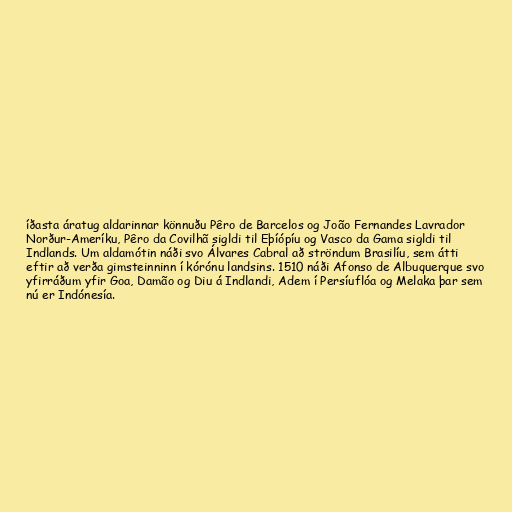
íðasta áratug aldarinnar könnuðu Pêro de Barcelos og João Fernandes Lavrador
Norður-Ameríku, Pêro da Covilhã sigldi til Eþíópíu og Vasco da Gama sigldi til
Indlands. Um aldamótin náði svo Álvares Cabral að ströndum Brasilíu, sem átti
eftir að verða gimsteinninn í kórónu landsins. 1510 náði Afonso de Albuquerque svo
yfirráðum yfir Goa, Damão og Diu á Indlandi, Adem í Persíuflóa og Melaka þar sem
nú er Indónesía.